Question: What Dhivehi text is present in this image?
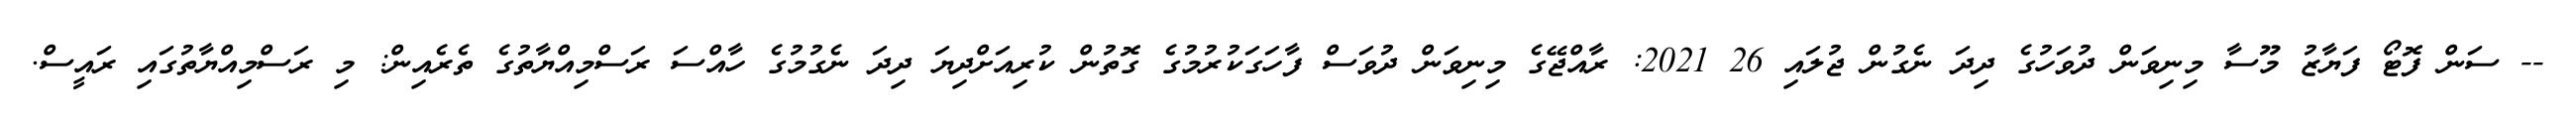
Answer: -- ސަން ފޮޓޯ ފަޔާޒު މޫސާ މިނިވަން ދުވަހުގެ ދިދަ ނެގުން ޖުލައި 26 2021: ރާއްޖޭގެ މިނިވަން ދުވަސް ފާހަގަކުރުމުގެ ގޮތުން ކުރިއަށްދިޔަ ދިދަ ނެގުމުގެ ހާއްސަ ރަސްމިއްޔާތުގެ ތެރެއިން: މި ރަސްމިއްޔާތުގައި ރައީސް.